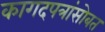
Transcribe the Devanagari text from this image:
कागदपत्रांसोबत